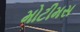
મોટીમસ